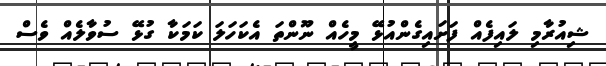
ޝިއުރާމި ލައިފެއް ފަށައިގެންއުޅޭ މީހެއް ނޫންތަ އެކަހަލަ ކަމަކާ ގުޅޭ ސުވާލެއް ވެސް